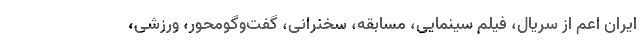
ایران اعم از سریال، فیلم سینمایی، مسابقه، سخنرانی، گفت‌وگومحور، ورزشی،